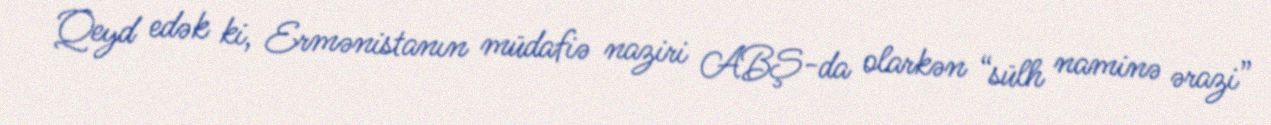
Qeyd edək ki, Ermənistanın müdafiə naziri ABŞ-da olarkən “sülh naminə ərazi”